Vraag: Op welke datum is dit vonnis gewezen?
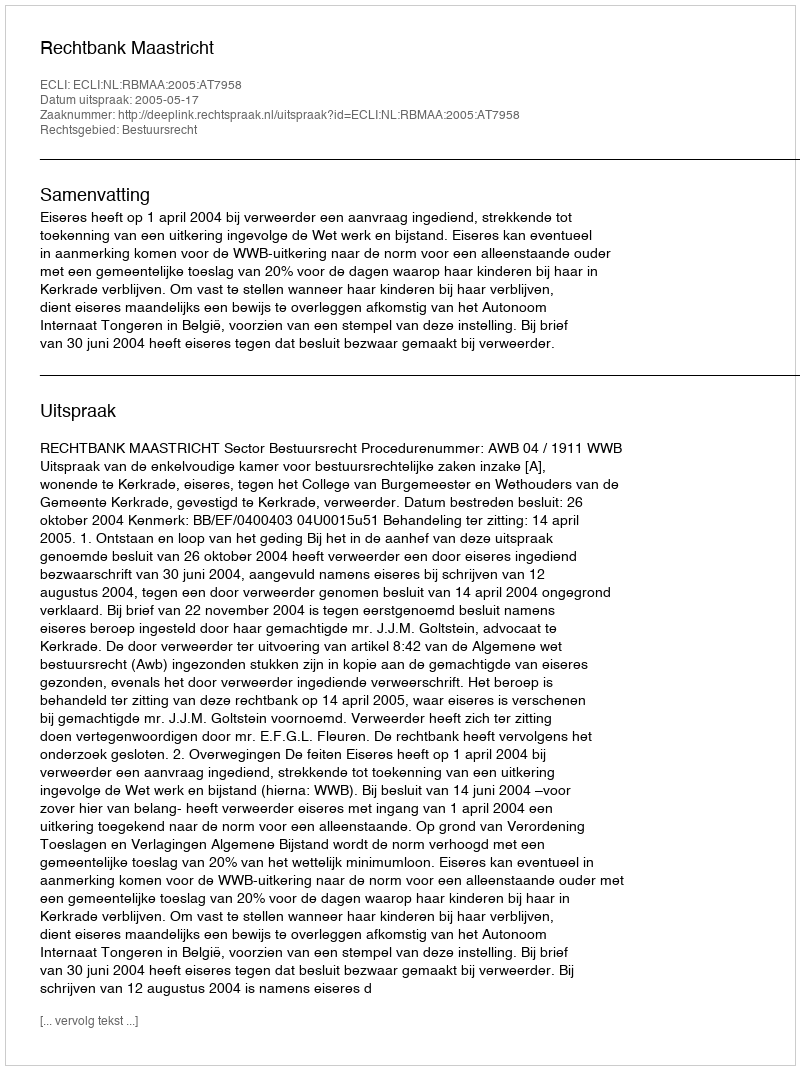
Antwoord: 2005-05-17